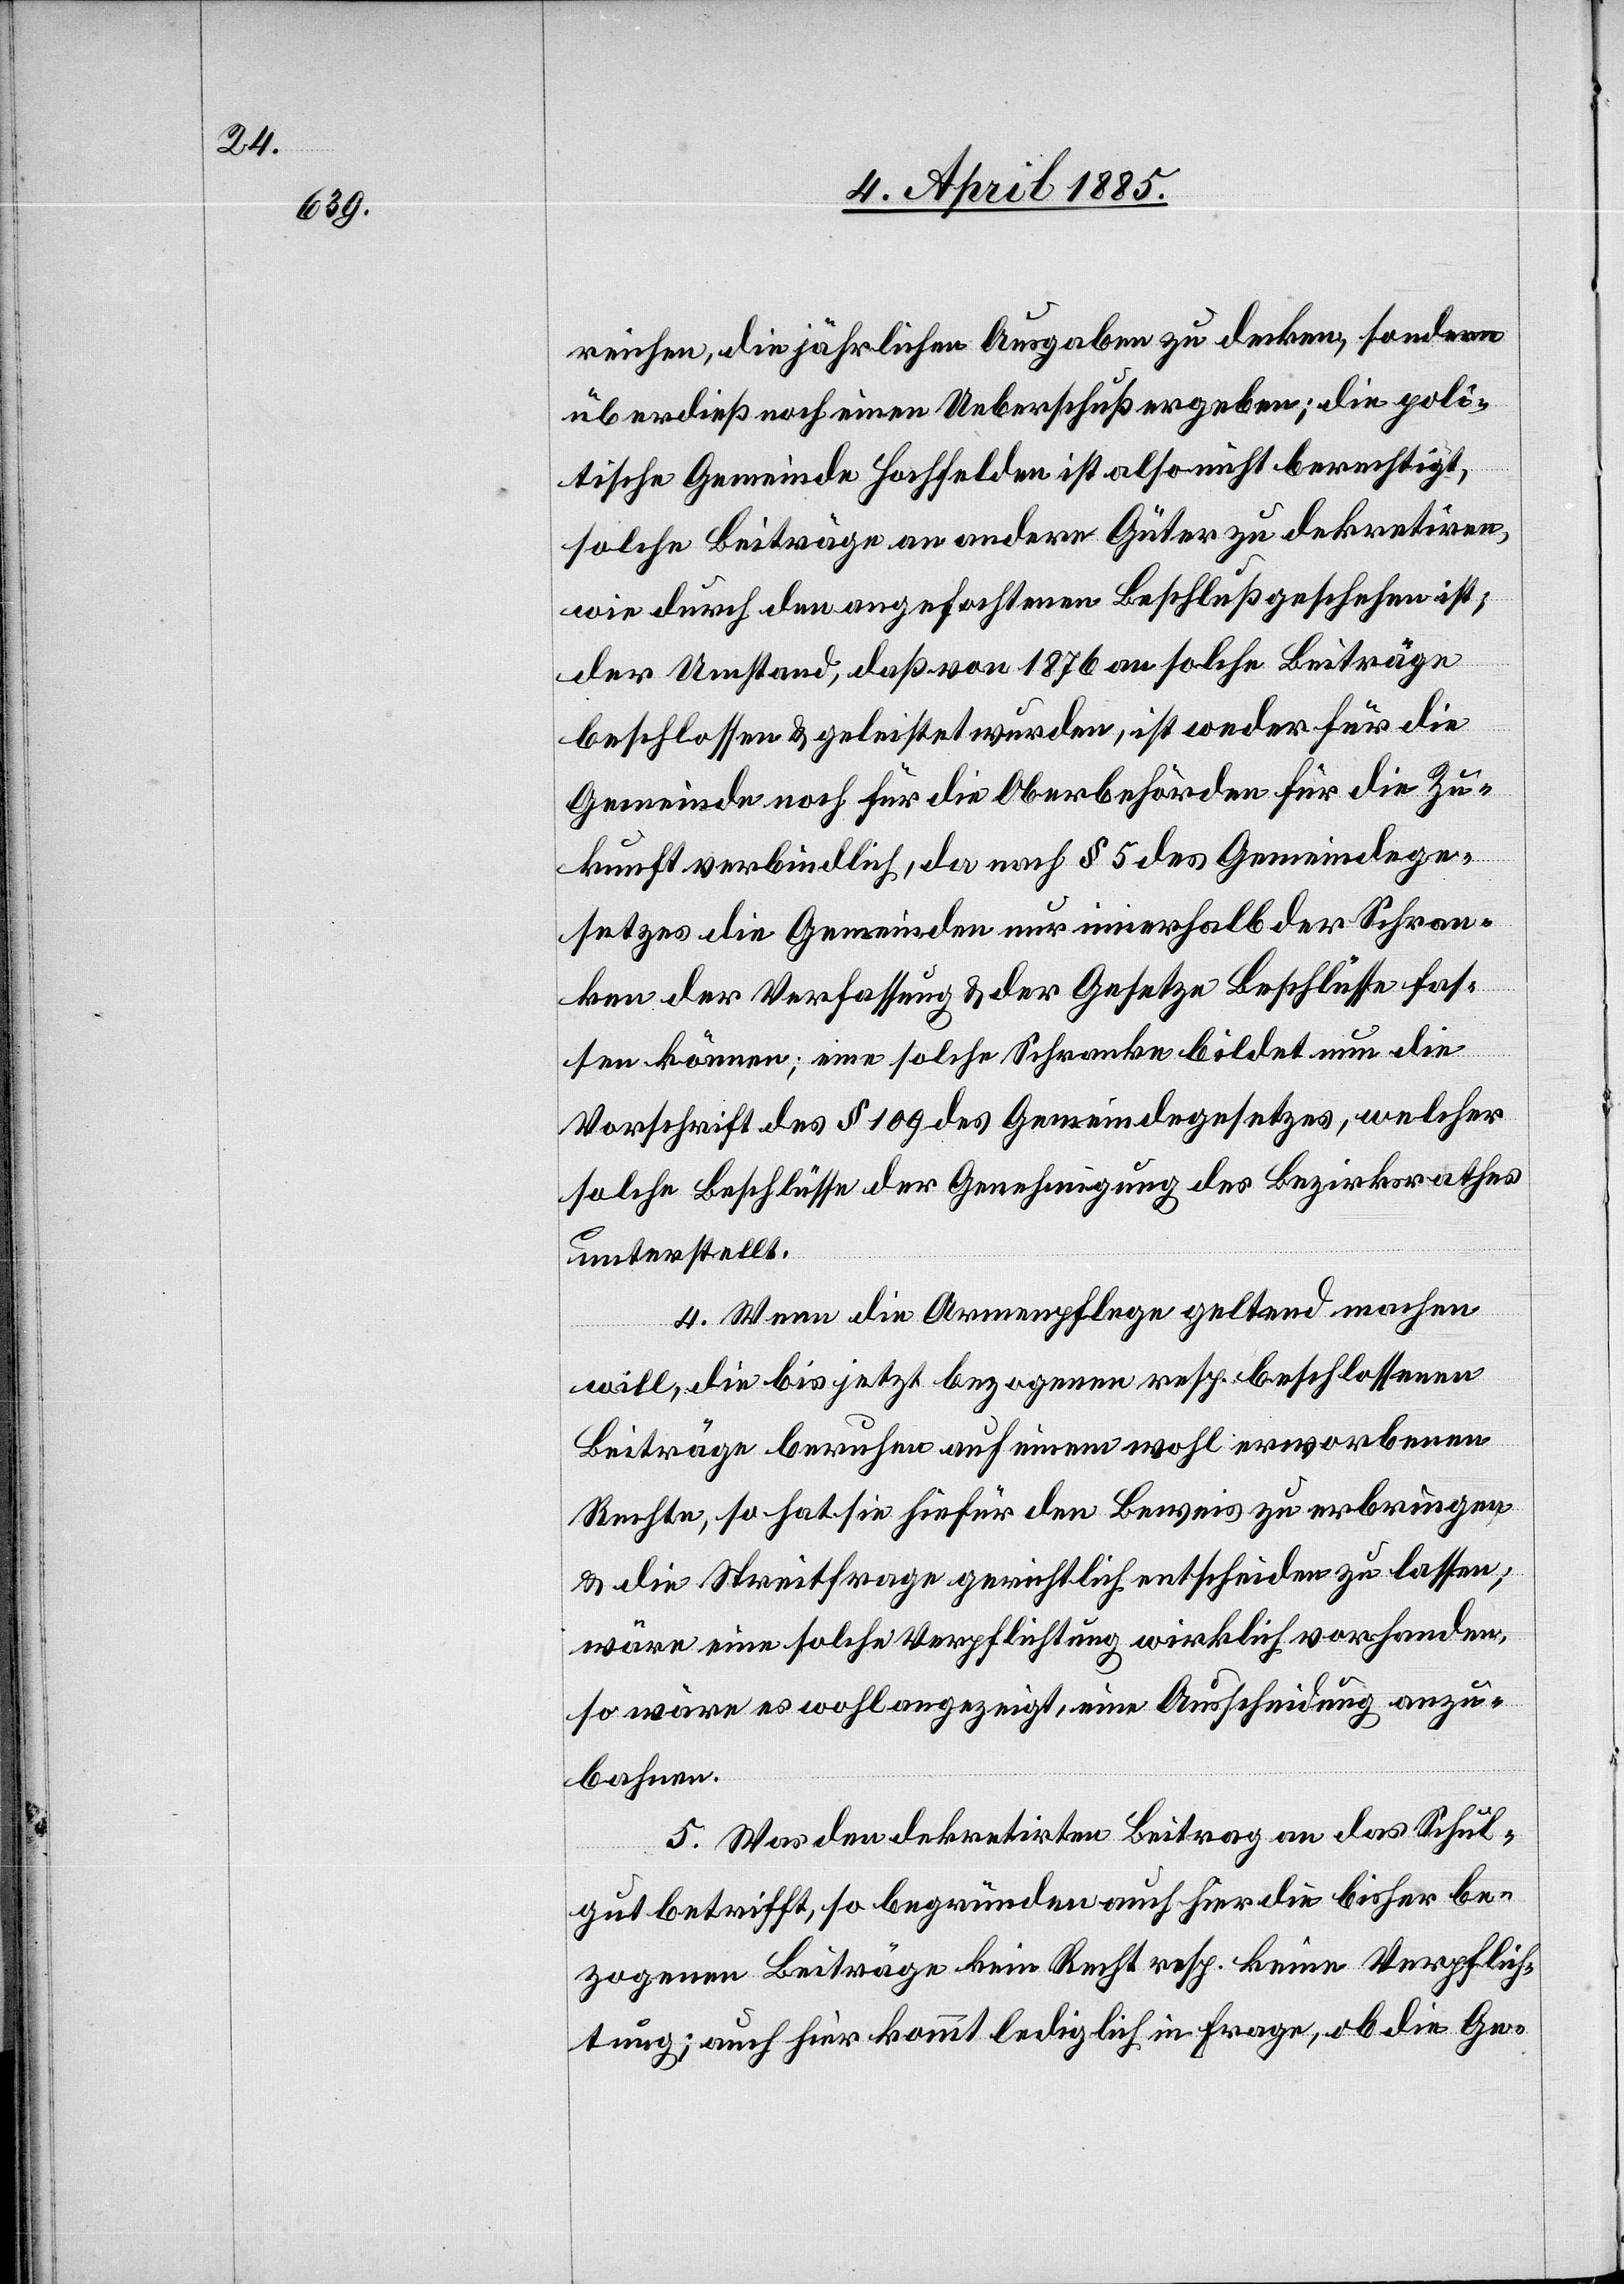
reichen, die jährlichen Ausgaben zu decken, sondern
überdieß noch einen Ueberschuß ergeben; die poli¬
tische Gemeinde Hochfelden ist also nicht berechtigt,
solche Beiträge an andere Güter zu dekretiren,
wie durch den angefochtenen Beschluß geschehen ist;
der Umstand, daß von 1876 an solche Beiträge
beschlossen & geleistet wurden, ist weder für die
Gemeinde noch für die Oberbehörden für die Zu¬
kunft verbindlich, da nach § 5 des Gemeindege¬
setzes die Gemeinden nur innerhalb der Schran¬
ken der Verfassung & der Gesetze Beschlüsse fas¬
sen können; eine solche Schranke bildet um die
Vorschrift des § 109 des Gemeindegesetzes, welcher
solche Beschlüsse der Genehmigung des Bezirksrathes
unterstellt.
4. Wenn die Armenpflege geltend machen
will, die bis jetzt bezogenen resp. beschlossenen
Beiträge beruhen auf einem wohl erworbenen
Rechte, so hat sie hiefür den Beweis zu erbringen
& die Streitfrage gerichtlich entscheiden zu lassen;
wäre eine solche Verpflichtung wirklich vorhanden,
so wäre es wohl angezeigt, eine Ausscheidung anzu¬
bahnen.
5. Was den dekretirten Beitrag an das Schul¬
gut betrifft, so begründen auch hier die bisher be¬
zogenen Beiträge kein Recht resp. keine Verpflich¬
tung; auch hier kommt lediglich in Frage, ob die Ge-